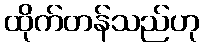
ထိုက်တန်သည်ဟု